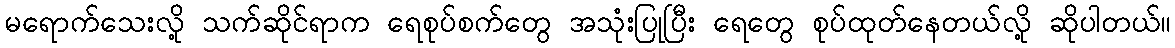
မရောက်သေးလို့ သက်ဆိုင်ရာက ရေစုပ်စက်တွေ အသုံးပြုပြီး ရေတွေ စုပ်ထုတ်နေတယ်လို့ ဆိုပါတယ်။